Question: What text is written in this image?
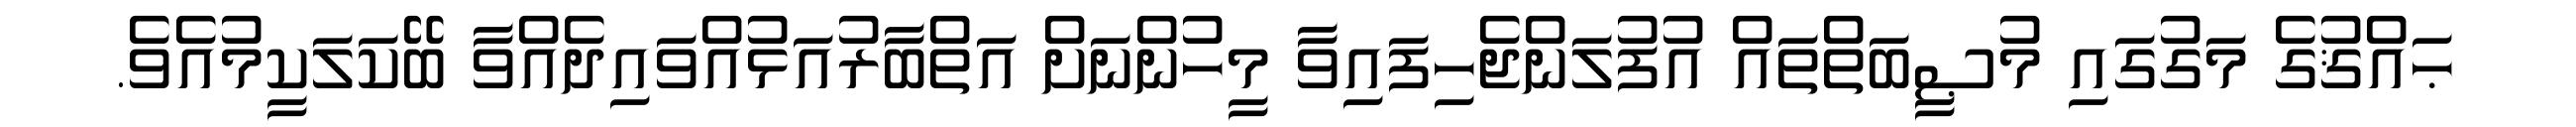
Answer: ޙައްޤުގެ މަގުގައި މުޞީބަތްތައް އުފުލަންޖެހިފައިވާ މީހުންނަށް އަތްބާރުއަޅުއްވައިދެއްވާ ބޭކަލަކީމުއެވެ.